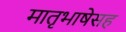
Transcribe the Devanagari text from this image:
मातृभाषेसह